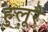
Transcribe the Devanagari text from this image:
हुलूरे